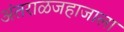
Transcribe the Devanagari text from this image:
अंतराळजहाजाला